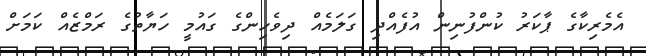
އެމެރިކާގެ ޕާކަރު ކުންފުނިން އުފެއްދި ގަލަމެއް ދިވެހިންގެ ގައުމީ ހަޔާތުގެ ރަމްޒެއް ކަމަށް